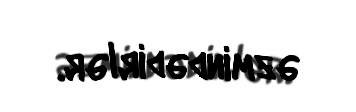
əzmindədirlər.